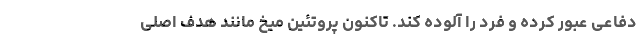
دفاعی عبور کرده و فرد را آلوده کند. تاکنون پروتئین میخ مانند هدف اصلی